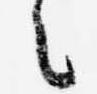
々